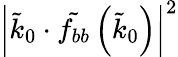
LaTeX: \left|\tilde{k}_{0}\cdot\tilde{f_{bb}}\left(\tilde{k}_{0}\right)\right|^{2}